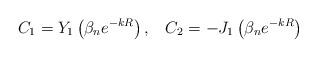
LaTeX: \begin{align*}C_{1} = Y_1 \left(\beta_{n}e^{-kR} \right), \; \; \; C_{2} = - J_1 \left(\beta_{n}e^{-kR}\right)\end{align*}